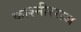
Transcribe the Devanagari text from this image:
काश्मीरराज